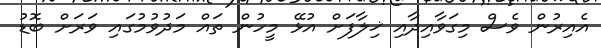
އެއިރުން ވެސް މިގަވާއިދާއި ޚިލާފަށް އުޅޭ މީހުން ތައް މަދުވުމުގައި ވަރަށް ބޮޑު